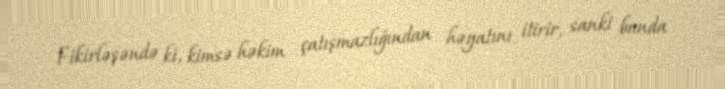
Fikirləşəndə ki, kimsə həkim çatışmazlığından həyatını itirir, sanki bunda